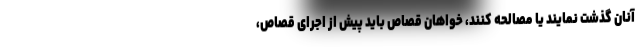
آنان گذشت نمایند یا مصالحه کنند، خواهان قصاص باید پیش از اجرای قصاص،